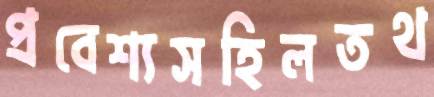
প্রবেশ্যসহিলতথ